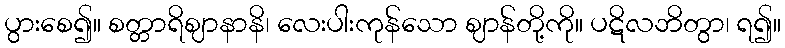
ပွားစေ၍။ စတ္တာရိဈာနာနိ၊ လေးပါးကုန်သော ဈာန်တို့ကို။ ပဋိလဘိတွာ၊ ရ၍။